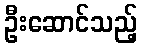
ဦးဆောင်သည့်